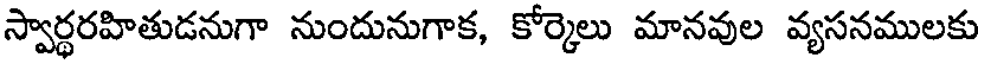
స్వార్థరహితుడనుగా నుందునుగాక, కోర్కెలు మానవుల వ్యసనములకు